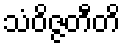
သံဝိဇ္ဇတီတိ